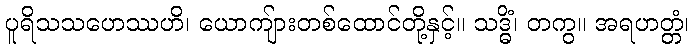
ပူရိသသဟေဿဟိ၊ ယောကျ်ားတစ်ထောင်တို့နှင့်။ သဒ္ဓိံ၊ တကွ။ အရဟတ္တံ၊